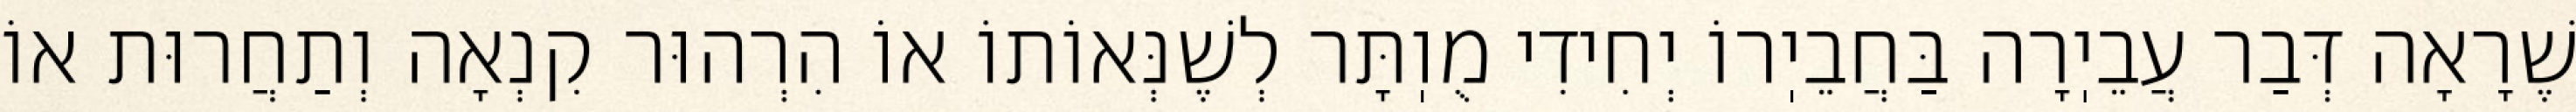
שֶׁרָאָה דְּבַר עֲבֵיֽרָה בַּחֲבֵיֽרוֹ יְחִידִי מֻוֽתָּר לְשֶׁנְּאוֹתוֹ אוֹ הִרְהוּר קִנְאָה וְתַחֲרוּת אוֹ